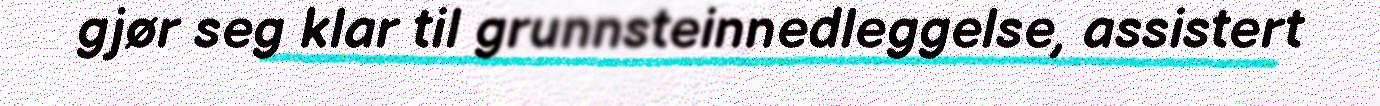
gjør seg klar til grunnsteinnedleggelse, assistert